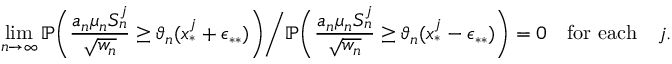
\operatorname* { l i m } _ { n \to \infty } \mathbb { P } \bigg ( \frac { a _ { n } \mu _ { n } S _ { n } ^ { j } } { \sqrt { w _ { n } } } \geq \vartheta _ { n } ( x _ { * } ^ { j } + \epsilon _ { * * } ) \bigg ) \bigg / \mathbb { P } \bigg ( \frac { a _ { n } \mu _ { n } S _ { n } ^ { j } } { \sqrt { w _ { n } } } \geq \vartheta _ { n } ( x _ { * } ^ { j } - \epsilon _ { * * } ) \bigg ) = 0 \quad \mathrm { f o r ~ e a c h } \quad j .